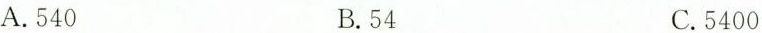
A.540 B.54 C.5400